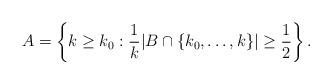
LaTeX: \begin{align*}A=\left\{k \geq k_0 : \frac{1}{k}|B \cap \{k_0,\ldots,k\}| \geq \frac{1}{2} \right\}.\end{align*}